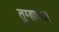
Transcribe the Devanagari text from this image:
तुम्हाच्या